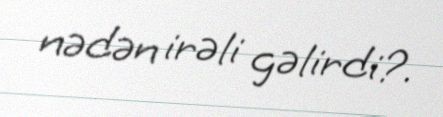
nədən irəli gəlirdi?.